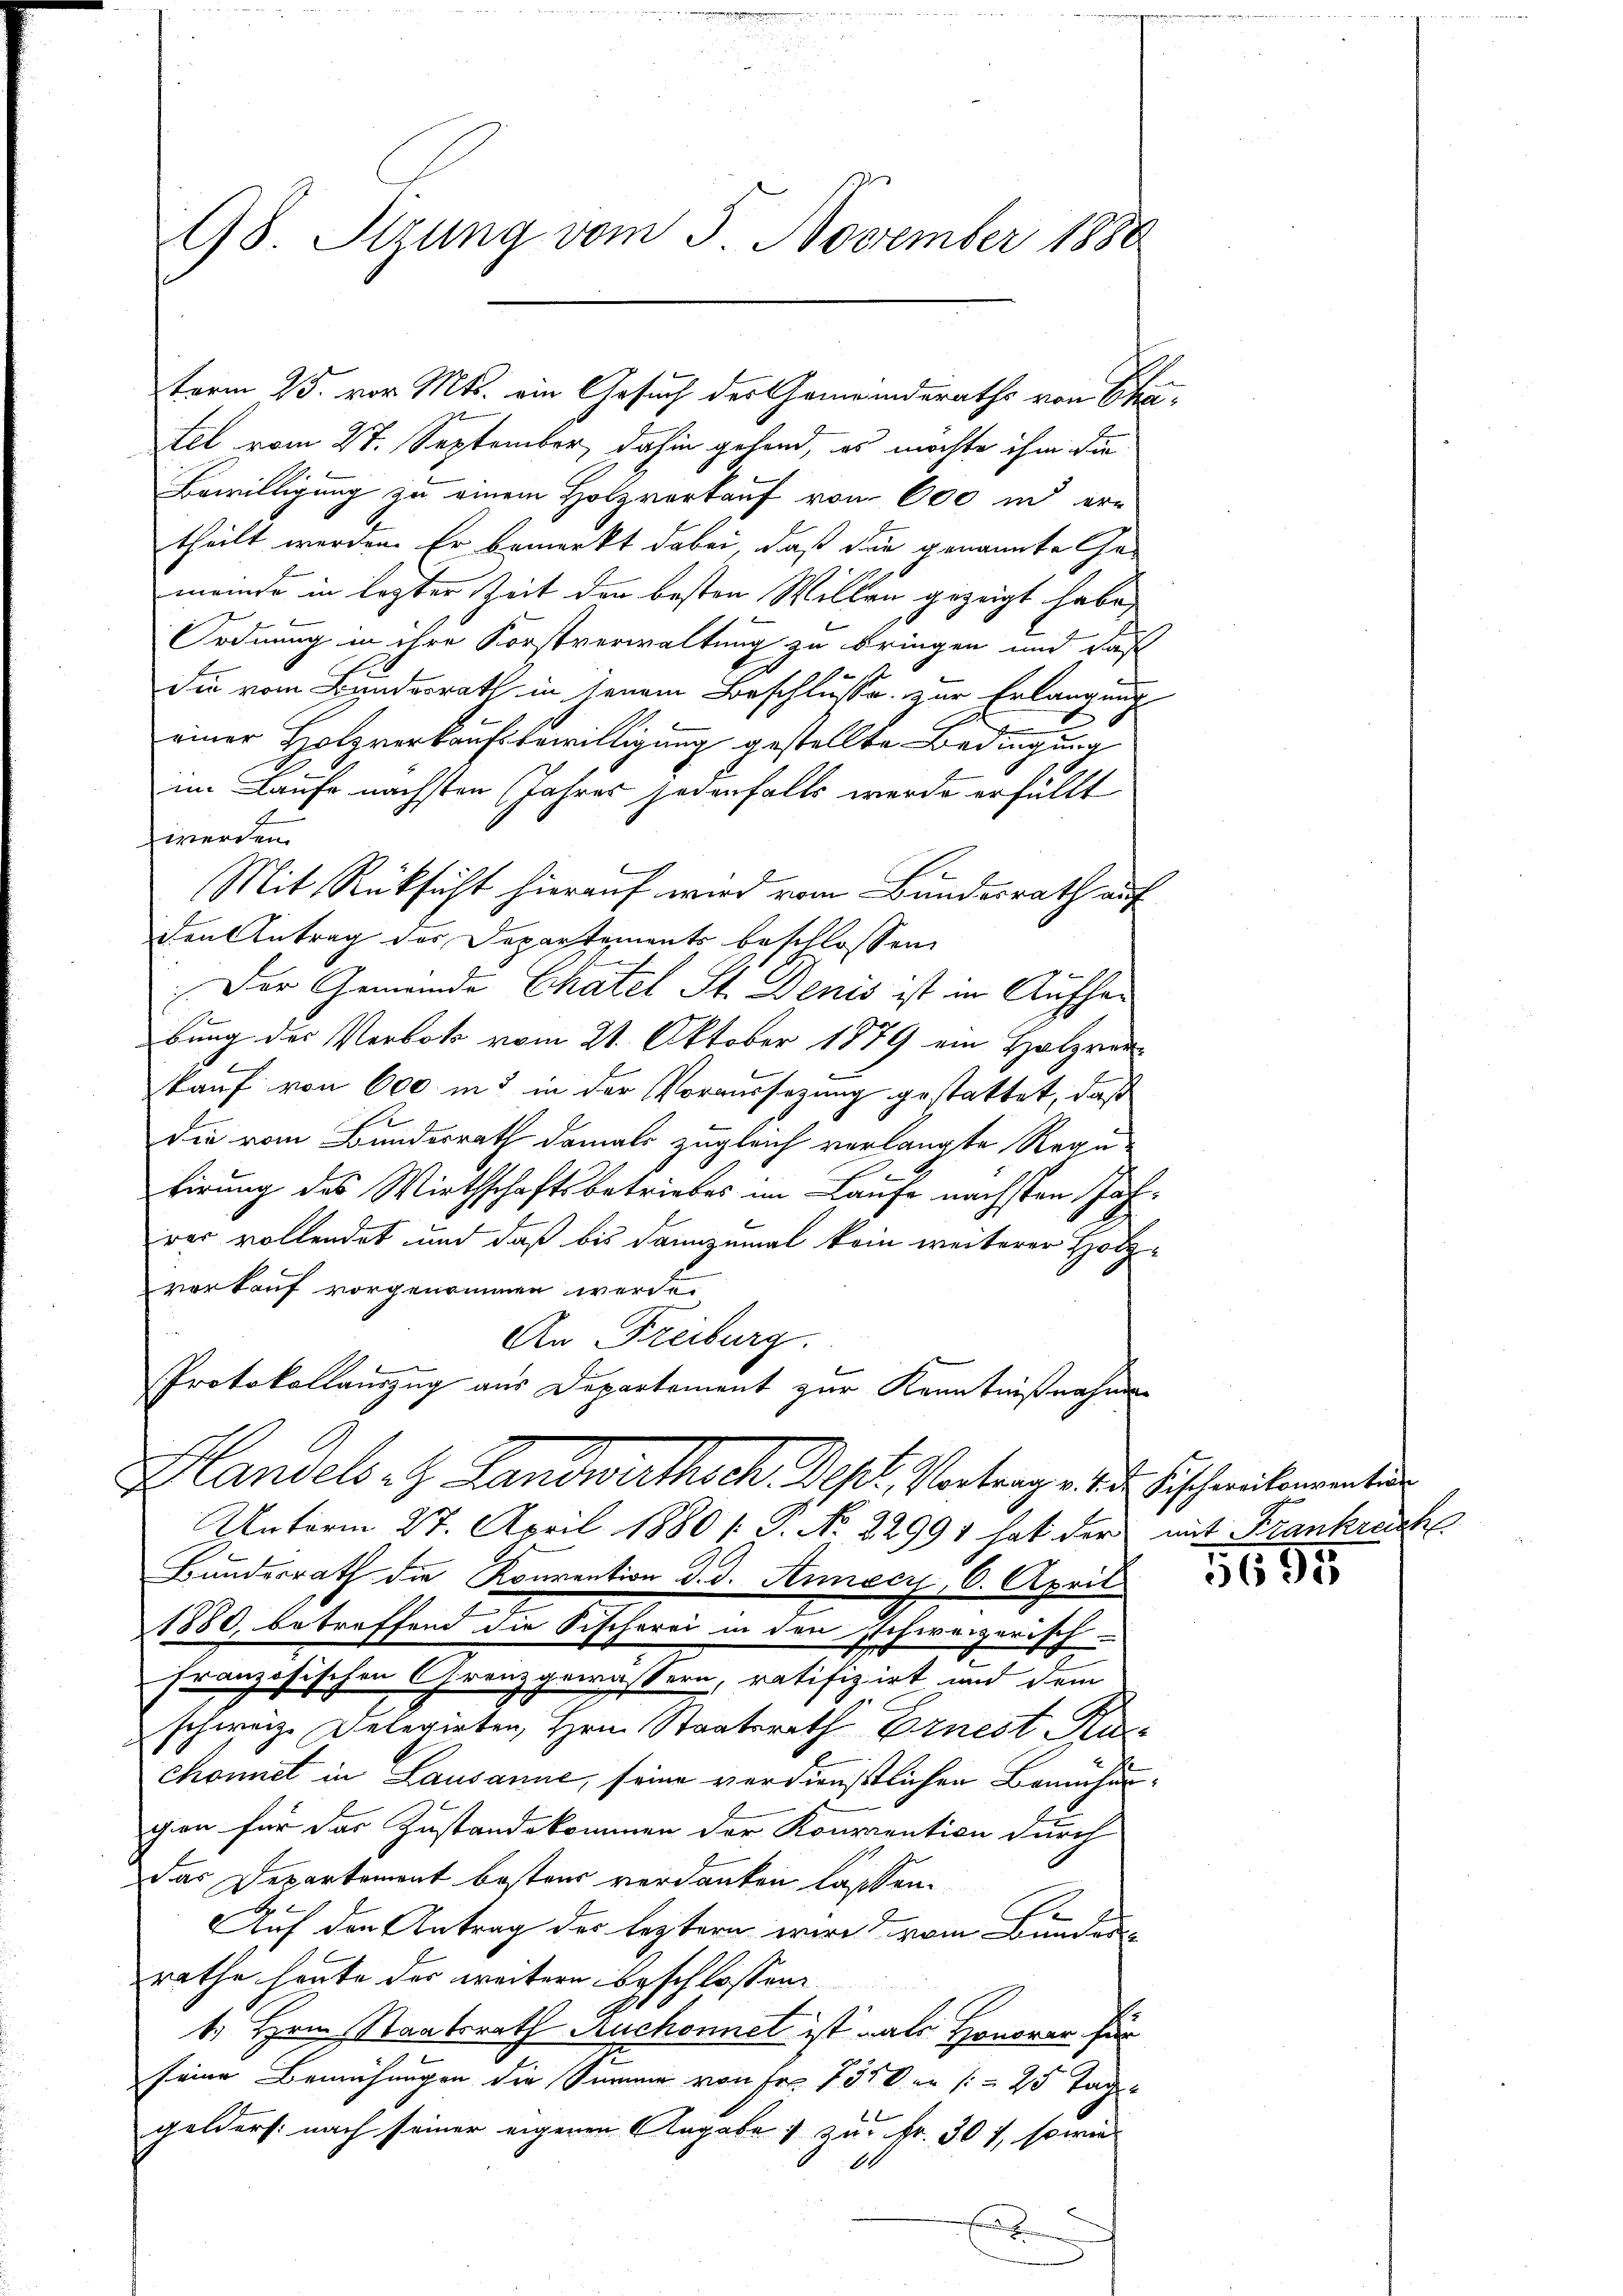
98. Sizung vom 5 November 1880

tel vom 27. September, dahin gehend, es möchte ihm die
Bewilligung zu einem Holzverkauf von 600 in ertheilt werden. Er bemerkt dabei, daß die genannte Gemeinde in lezter Zeit den besten Willen gezeigt habe,
Ordnung in ihre Forstverwaltung zu bringen und das
die vom Bundesrath in jenem Beschlüsse zur Erlangung
e
einer Holzverkaufsbewilligung gestellte Bedingung
im Laufe nächsten Jahres jedenfalls werde erfüllt
werden.
Mit Rüksicht hierauf wird vom Bundesrath auf
den Antrag des Departements beschlossen,
1
Der Gemeinde Chatel St. Denis ist in Aufhe
bung des Verbot vom 21. Oktober 1879 ein Holzver
kauf von 600 in 3 in der Voraussezung gestattet, daß
die vom Bundesrath damals zugleich verlangte Regutirung des Wirthschaftsbetriebes im Laufe nächsten Jahrer vollendet und daß bis dannzumal kein weiterer Holzvorkauf vorgenommen werde.
An Freiburg.
Protokollauszug aus Departement zur Kenntnißnahmen
Handels. Z. Landwirthsch. Dest. Vertrag v. 2. Frischeiteren der
Unterm 27. April 1880 /: P. Nr. 22991 hat der mit Frankreche
Bundesrath die Konvention d. d. Annecy, 6. April
1880, betreffend die Fischerei in den schweizerisch-
französischen Granzgewässern, ratifizirt und dem
schweize Delegirten, Hrn. Staatsrath Ernest Ruc
chonnet in Lausanne, seine verdienstlichen Bauhangien für das Zustandskommen der Konvention durch
Das Departement bestens verdanken lassen.
h
Auf den Antrag der leztern wird vom Bunder-
rathe heute des weitern ist schlossene
1. Hrn. Staatsrath Ruchonnet ist als Honorar für
seine Bemühungen die Summe von Fr. 751 der (= 25 Tagen
gelders. nach seiner eigeren Angabe & zu Fr. 307, sowie
6
E

term 25. vor. Mts. ein Gesuch des Gemeinderaths von Scha¬

5695